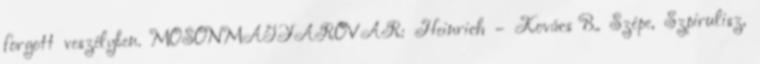
forgott veszélyben. MOSONMAGYARÓVÁR: Heinrich – Kovács B., Szépe, Szpirulisz,